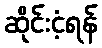
ဆိုင်းငံ့ရန်